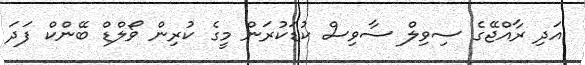
އަދި ރާއްޖޭގެ ސިވިލް ސާވިސް ކުޑަކުރަން މީގެ ކުރިން ވޯލްޑް ބޭންކް ފަދަ